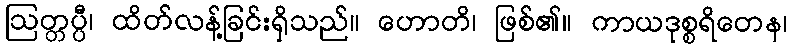
ဩတ္တပ္ပီ၊ ထိတ်လန့်ခြင်းရှိသည်။ ဟောတိ၊ ဖြစ်၏။ ကာယဒုစ္စရိတေန၊